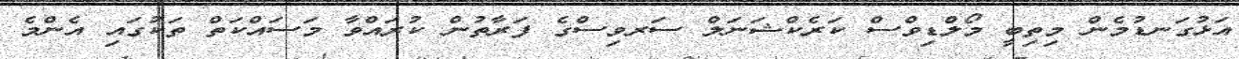
އަޅުގަނޑުމެން މިތިބީ މޯލްޑިވްސް ކަރެކްޝަނަލް ސަރވިސްގެ ފަރާތުން ކުރައްވާ މަސައްކަތް ތަކުގައި އެންމެ